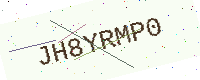
Text: JH8YRMP0